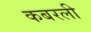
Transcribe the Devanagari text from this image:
कबरली